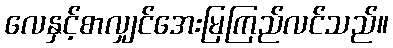
လေနှင့်စာလျှင်အေးမြကြည်လင်သည်။